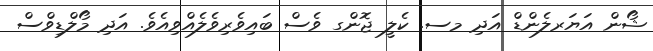
ޝޯން އަޔަރލެންޑް އަދި މސ. ކެލީ ޖޮންގ ވެސް ބައިވެރިވެލެއްވިއެވެ. އަދި މޯލްޑިވްސް